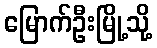
မြောက်ဦးမြို့သို့